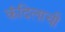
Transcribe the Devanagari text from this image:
कंदिलाची